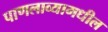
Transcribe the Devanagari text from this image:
पाणलाव्यामधील